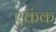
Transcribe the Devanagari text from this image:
एकंक